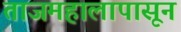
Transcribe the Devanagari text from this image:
ताजमहालापासून